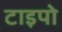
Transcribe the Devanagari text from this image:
टाइपो